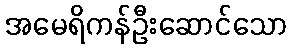
အမေရိကန်ဦးဆောင်သော